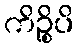
ကိဉ္စိပိ